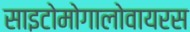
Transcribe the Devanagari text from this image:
साइटोमोगालोवायरस